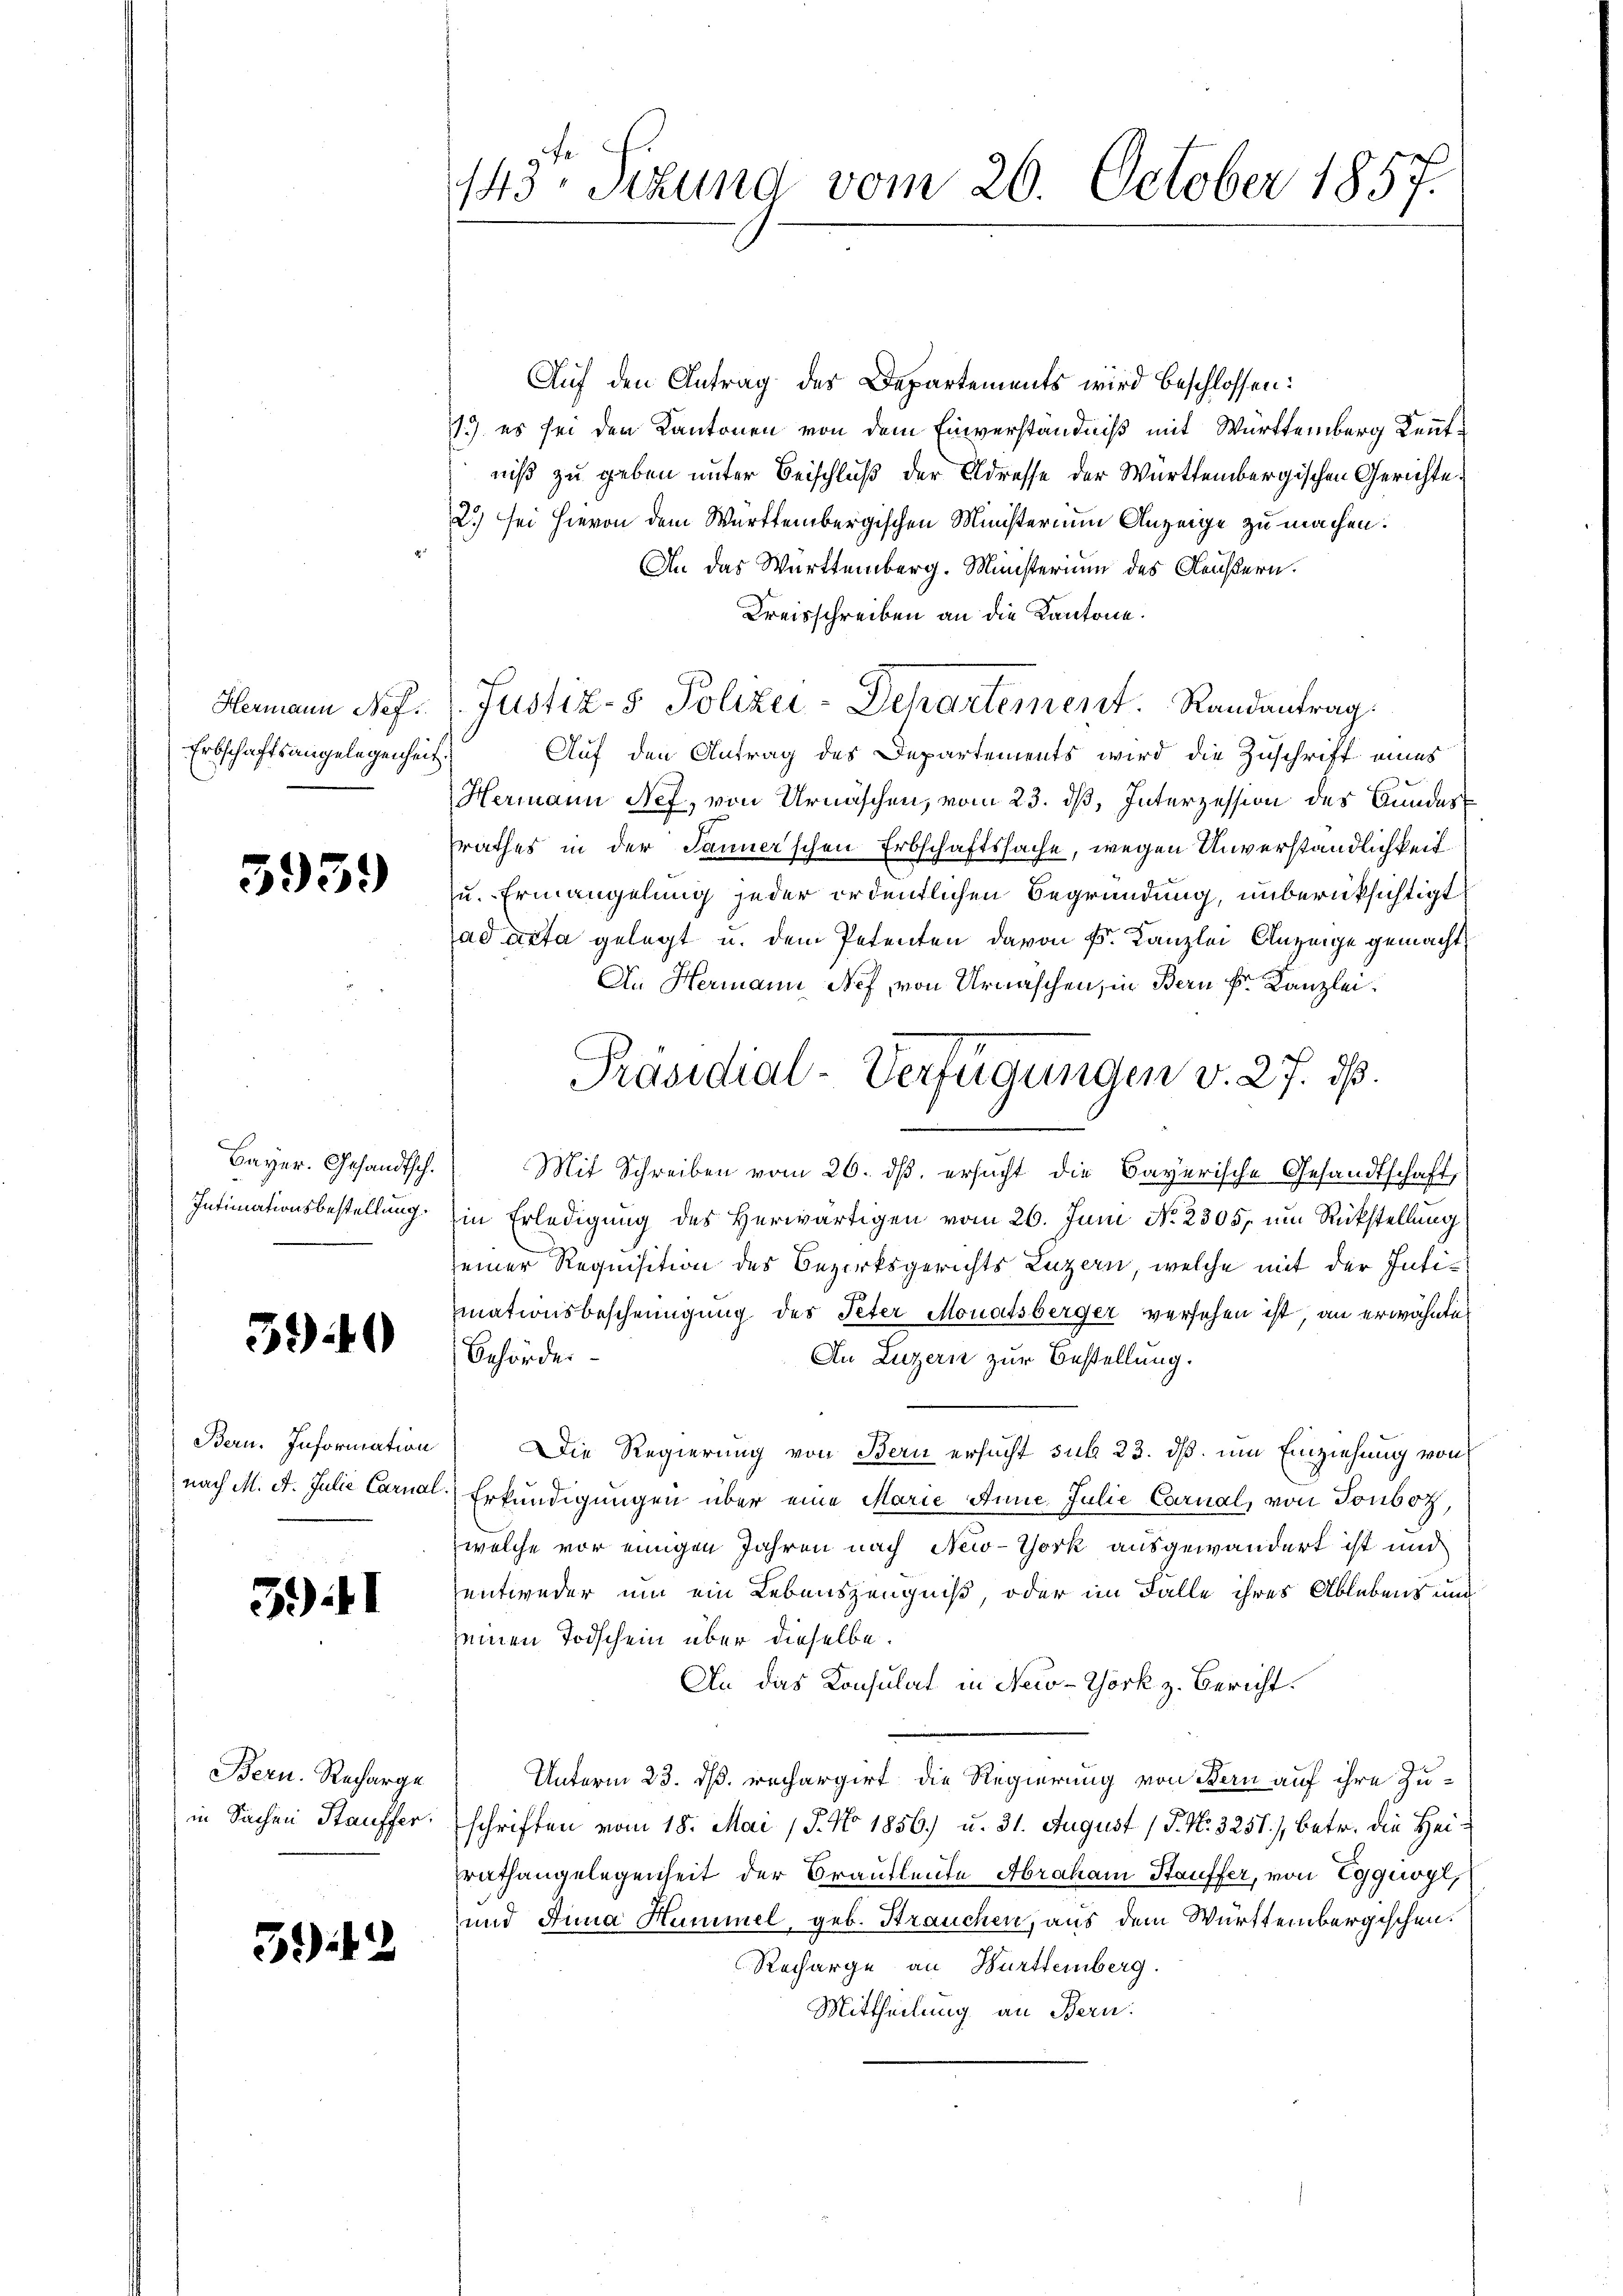
Hermann Nef
Erbschaftsangelegenheit.

5959)

Bayer. Gesandtsch.
Intimationsbestellung.

3940

Bern. Information

3.) I

Bern. Recharge
in Sachen Stauffer.

342

9
143: Sizund vom 26. October 1857.

Auf den Antrag des Departements wird beschlossen:
1) es sei den Kantonen von dem Einverständniß mit Württemberg Kenntniß zu geben unter Beischluß der Eldresse der Württembergischen Gerichte
2.) sei hievon dem Württembergischen Ministerium Anzeige zu machen.
An das Württemberg. Ministerium des Aeußern.
Kreisschreiben an die Kantone.
Auf den Antrag des Departements wird die Zuschrift eines
Hermann Nef, von Urnaschen, vom 23. dß, Interzession des Bundes
srathes in der Tanner’schen Erbschaftssache, wegen Unverständlichkeit
zu. Ermangelung jeder ordentlichen Begründung, unberüksichtigt
ad acta gelegt u. dem Petenten davon Fr. Kanzlei Anzeige gemacht,
An Hermann Nef, von Urnaschen, in Bern k. Kanzlei.
Mit Schreiben vom 26. ds. ersucht die Bayerische Gesandtschaft,
in Erledigung des Herwärtigen vom 26. Juni No 2305. um Rückstellung
seiner Requisition des Bezirksgerichts Luzern, welche mit der Inti¬
Einationsbescheinigung des Peter Monatsberger versehen ist, an erwähnte
Behörder
An Luzern zur Bestellung.
 Die Regierung von Bern ersucht sub 23. ds um Einziehung von
nach M. A. Julie Carnal) Erkundigungen über eine Marie Anne Julie Carnal, von Tonboz,
welche vor einigen Jahren nach New-York ausgewandert ist und
entweder um ein Lebenszeugniß, oder im Falle ihres Ablebens und
seinen Todschein über dieselbe.
An das Konsulat in New-York z. Bericht.
Unterm 23. dß. rechargirt die Regierung von Bern auf ihre Zuschriften vom 18. Mai 18. No 1856.) u. 31. August ( P. Nr. 3251), betr. die Heirathangelegenheit der Brautleute Abraham Stauffer, von Eggiogl,
und Anna Hummel, geb. Strauchen, aus dem Württembergischen.
Recharge an Württemberg.
Mittheilung an Bern.

Justiz- & Polizei-Departement. Randantrag:

Präsidial-Verfügungen v. 27. dß.